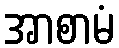
အာစာမံ